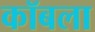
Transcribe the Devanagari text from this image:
कॉबला